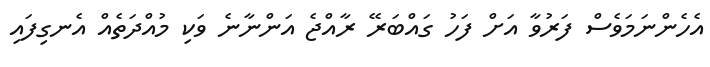
އެހެންނަމަވެސް ފަރުވާ އަށް ފަހު ގައްބަރޭ ރާއްޖެ އަންނާނެ ވަކި މުއްދަތެއް އެނގިފައި